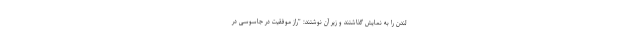
لندن را به نمایش گذاشتند و زیر آن نوشتند: "راز موفقیت در جاسوسی در